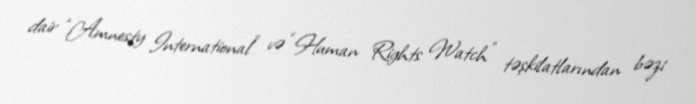
dair “Amnesty International” və “Human Rights Watch” təşkilatlarından bəzi